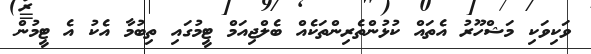
ވަކިވަކި މަޝްހޫރު އެތައް ކުޅުންތެރިންތަކެއް ބެލްޖިއަމް ޓީމުގައި ތިބުމާ އެކު އެ ޓީމުން